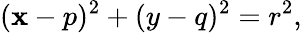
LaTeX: (\mathbf{x}-p)^{2}+(y-q)^{2}=r^{2},